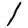
Digit: 1